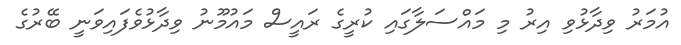
އުމަރު ވިދާޅުވި އިރު މި މައްސަލާގައި ކުރީގެ ރައީސް މައުމޫނު ވިދާޅުވެފައިވަނީ ބޭރުގެ